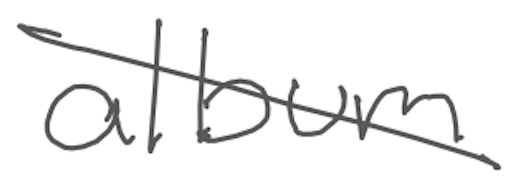
Text: album
Cross-out: diagonal
Writing tool: digital_gray